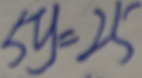
5 y = 2 5